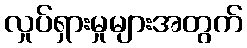
လှုပ်ရှားမှုများအတွက်